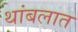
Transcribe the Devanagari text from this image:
थांबलात